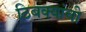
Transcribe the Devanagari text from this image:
ठिबक्यांची